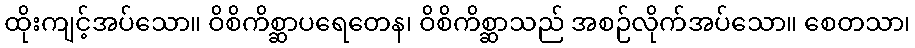
ထိုးကျင့်အပ်သော။ ဝိစိကိစ္ဆာပရေတေန၊ ဝိစိကိစ္ဆာသည် အစဉ်လိုက်အပ်သော။ စေတသာ၊